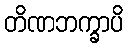
တိဏဘက္ခာပိ